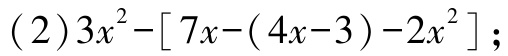
(2)$3x^{2}-[7x-(4x - 3)-2x^{2}]$;